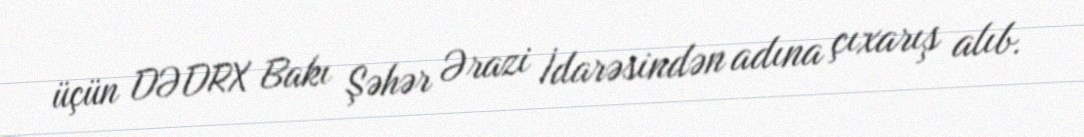
üçün DƏDRX Bakı Şəhər Ərazi İdarəsindən adına çıxarış alıb.